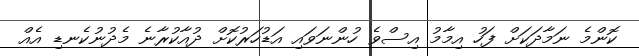
ކޮންމެ ނަމާދަކަށް ފަހު އިމާމު އިސްވެ ހުންނަވައި އަޑުހަރުކޮށް ދުއާކުރާނެ މެދުނުކެނޑި އެއް